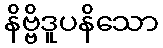
နိဗ္ဗိဒူပနိသော